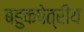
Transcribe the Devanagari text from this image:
बहुकषेत्रीय